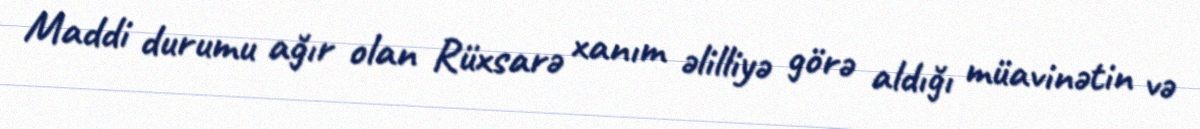
Maddi durumu ağır olan Rüxsarə xanım əlilliyə görə aldığı müavinətin və